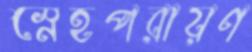
স্নেহপরায়ণ